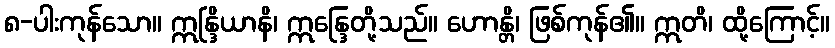
၈-ပါးကုန်သော။ ဣန္ဒြိယာနိ၊ ဣန္ဒြေတို့သည်။ ဟောန္တိ၊ ဖြစ်ကုန်၏။ ဣတိ၊ ထို့ကြောင့်။